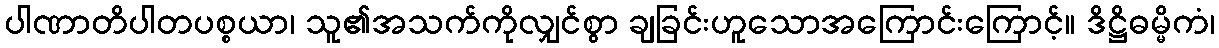
ပါဏာတိပါတပစ္စယာ၊ သူ၏အသက်ကိုလျှင်စွာ ချခြင်းဟူသောအကြောင်းကြောင့်။ ဒိဋ္ဌိဓမ္မိကံ၊